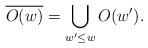
LaTeX: \begin{align*} \overline{O(w)}=\bigcup_{w'\leq w}O(w'). \end{align*}